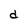
Character: d